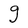
Character: g